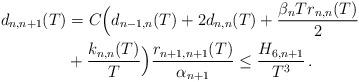
LaTeX: \begin{align*} d_{n,n+1}(T) & = C\Big(d_{n-1,n}(T) + 2d_{n,n}(T) + \frac{\beta_n T r_{n,n}(T)}{2} \\&+ \frac{ k_{n,n}(T)}{T}\Big)\frac{r_{n+1,n+1}(T)}{\alpha_{n+1}} \le\frac{H_{6,n+1}}{T^3}\,.\end{align*}